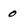
Character: 0